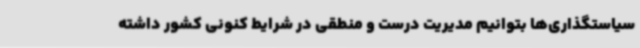
سیاستگذاری‌ها بتوانیم مدیریت درست و منطقی در شرایط کنونی کشور داشته